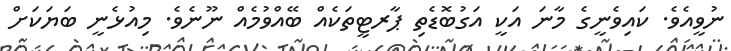
ނުވީއެވެ. ކައިވެނީގެ މާނަ އަކީ އަގުބޮޑެތި ޕާރޓީތަކެއް ބޭއްވުމެއް ނޫނެވެ. މިއުޅެނީ ބަޔަކަށް